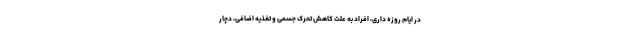
در ایام روزه داری، افراد به علت کاهش تحرک جسمی و تغذیه اضافی، دچار